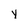
Character: y